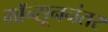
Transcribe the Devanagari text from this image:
मॉन्सूननंतर